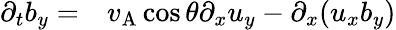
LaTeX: \begin{array}{rl}{\partial_{t}b_{y}=}&{{}v_{\mathrm{A}}\cos\theta\partial_{x}u_{y}-\partial_{x}(u_{x}b_{y})}\end{array}